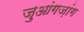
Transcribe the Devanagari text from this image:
ज़ुआंगज़ांग